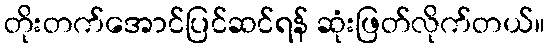
တိုးတက်အောင်ပြင်ဆင်ရန် ဆုံးဖြတ်လိုက်တယ်။